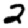
Digit: 2